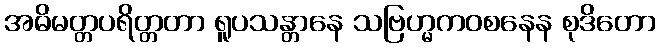
အဓိမတ္တပရိတ္တတာ ရူပသန္တာနေ သဗြဟ္မကဝစနေန စုဒိတော